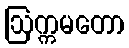
ဩက္ကမတော